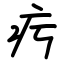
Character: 㽲